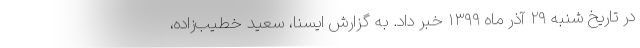
در تاریخ شنبه ٢٩ آذر ماه ١٣٩٩ خبر داد. به گزارش ایسنا، سعید خطیب‌زاده،